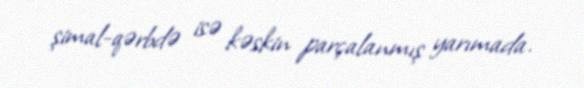
şimal-qərbdə isə kəskin parçalanmış yarımada.